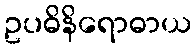
ဥပဓိနိရောဓာယ